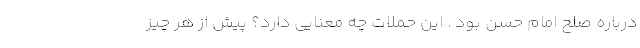
درباره صلح امام حسن بود . این حملات چه معنایی دارد؟ پیش از هر چیز